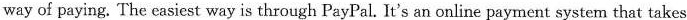
way of paying. The easiest way is through PayPal. It's an online payment system that takes